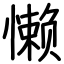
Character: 懒